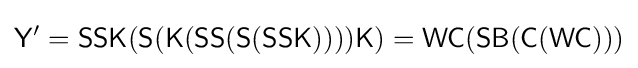
{\mathsf {Y'=SSK(S(K(SS(S(SSK))))K)=WC(SB(C(WC)))}}